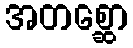
အတစ္ဆော